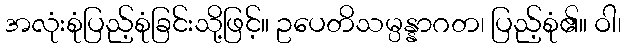
အလုံးစုံပြည့်စုံခြင်းသို့ဖြင့်။ ဥပေတိသမ္ပန္နာဂတ၊ ပြည့်စုံ၏။ ဝါ၊